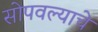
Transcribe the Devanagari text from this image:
सोपवल्याचे